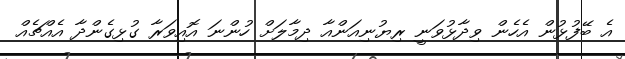
އެ ބޭފުޅުން އެހެން ވިދާޅުވަނީ ރިޔުނިއަންއާ ދިމާލަށް ހުންނަ އޮއިވަރާ ގުޅިގެންދާ އެއްޗެއް